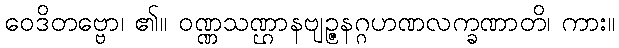
ဝေဒိတဗ္ဗော၊ ၏။ ဝဏ္ဏသဏ္ဌာနဗျဉ္ဇနဂ္ဂဟဏလက္ခဏာတိ၊ ကား။